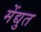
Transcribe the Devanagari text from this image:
मेंद्युत